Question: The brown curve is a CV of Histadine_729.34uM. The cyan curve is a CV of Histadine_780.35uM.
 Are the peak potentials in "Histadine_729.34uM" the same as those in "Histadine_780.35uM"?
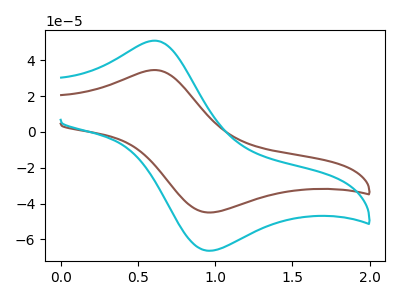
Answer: <think>The brown curve "Histadine_729.34uM" has an anodic peak at (0.60V, 34.55uA) and a cathodic peak at (0.95V, -44.95uA). The cyan curve "Histadine_780.35uM" has an anodic peak at (0.60V, 50.95uA) and a cathodic peak at (0.95V, -66.25uA).</think>
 <answer>Yes, "Histadine_729.34uM" have a peak in "Histadine_780.35uM" at the same potential.</answer>
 <eval>match</eval>